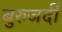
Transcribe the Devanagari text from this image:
बुरुजर्दी